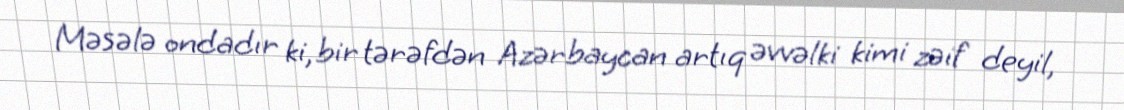
Məsələ ondadır ki, bir tərəfdən Azərbaycan artıq əvvəlki kimi zəif deyil,